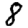
Digit: 8